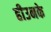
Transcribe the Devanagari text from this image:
हीउनके